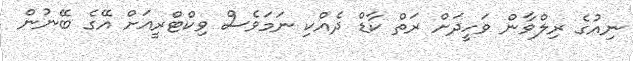
ނިއުގެ ރިލްވާން ވަހީދަށް ރަތް ކާޑް ދެއްކި ނަމަވެސް ވިކްޓްރީއަށް އޭގެ ބޭނުން